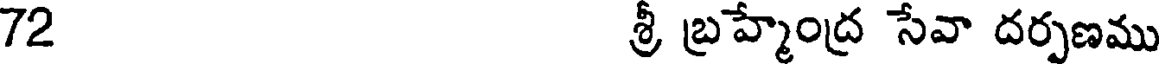
72 శ్రీ బ్రహ్మేంద్ర సేవా దర్పణము